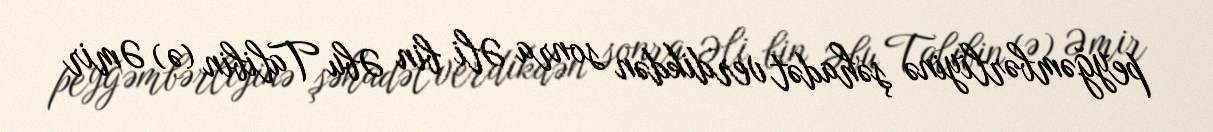
peyğəmbərliyinə şəhadət verdikdən sonra Əli bin Əbu Talibin (ə) Əmir